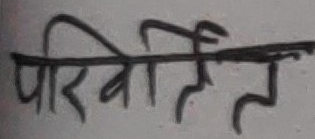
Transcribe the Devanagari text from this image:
परिभाषित